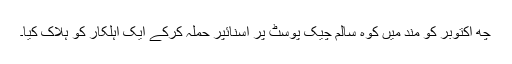
چھ اکتوبر کو مند میں کوہ سالم چیک پوسٹ پر اسنائپر حملہ کرکے ایک اہلکار کو ہلاک کیا۔